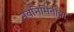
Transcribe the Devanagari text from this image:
नवनिर्मितीचा